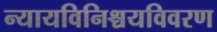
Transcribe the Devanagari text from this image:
न्यायविनिश्चयविवरण